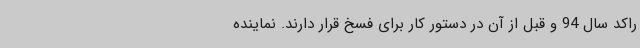
راکد سال 94 و قبل از آن در دستور کار برای فسخ قرار دارند. نماینده